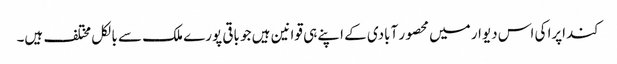
کنداپرا کی اس دیوار میں محصور آبادی کے اپنے ہی قوانین ہیں جو باقی پورے ملک سے بالکل مختلف ہیں۔